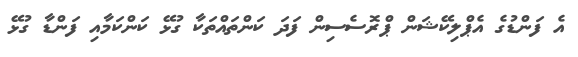
އެ ފަންޑުގެ އެޕްލިކޭޝަން ޕްރޮސެސިން ފަދަ ކަންތައްތަކާ ގުޅޭ ކަންކަމާއި ފަންޑާ ގުޅޭ